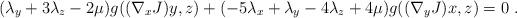
LaTeX: \begin{align*} (\lambda_y+3\lambda_z-2\mu)g((\nabla_xJ)y,z)+(-5\lambda_x+\lambda_y-4\lambda_z+4\mu)g((\nabla_yJ)x,z)=0 \ .\end{align*}